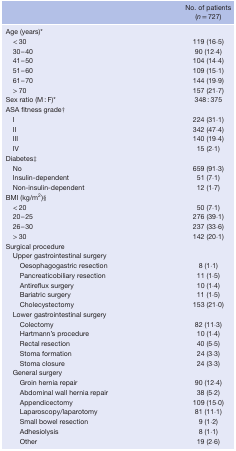
<table><thead><tr><td rowspan="2"></td><td><b>No. of patients</b></td></tr><tr><td><b>(<i>n</i> = 727)</b></td></tr></thead><tbody><tr><td>Age (years)*</td><td></td></tr><tr><td>&lt; 30</td><td>119 (16·5)</td></tr><tr><td>30–40</td><td>90 (12·4)</td></tr><tr><td>41–50</td><td>104 (14·4)</td></tr><tr><td>51–60</td><td>109 (15·1)</td></tr><tr><td>61–70</td><td>144 (19·9)</td></tr><tr><td>&gt; 70</td><td>157 (21·7)</td></tr><tr><td>Sex ratio (M : F)*</td><td>348 : 375</td></tr><tr><td>ASA fitness grade†</td><td></td></tr><tr><td>I</td><td>224 (31·1)</td></tr><tr><td>II</td><td>342 (47·4)</td></tr><tr><td>III</td><td>140 (19·4)</td></tr><tr><td>IV</td><td>15 (2·1)</td></tr><tr><td>Diabetes‡</td><td></td></tr><tr><td>No</td><td>659 (91·3)</td></tr><tr><td>Insulin‐dependent</td><td>51 (7·1)</td></tr><tr><td>Non‐insulin‐dependent</td><td>12 (1·7)</td></tr><tr><td>BMI (kg/m<sup>2</sup>)§</td><td></td></tr><tr><td>&lt; 20</td><td>50 (7·1)</td></tr><tr><td>20–25</td><td>276 (39·1)</td></tr><tr><td>26–30</td><td>237 (33·6)</td></tr><tr><td>&gt; 30</td><td>142 (20·1)</td></tr><tr><td>Surgical procedure</td><td></td></tr><tr><td>Upper gastrointestinal surgery</td><td></td></tr><tr><td>Oesophagogastric resection</td><td>8 (1·1)</td></tr><tr><td>Pancreaticobiliary resection</td><td>11 (1·5)</td></tr><tr><td>Antireflux surgery</td><td>10 (1·4)</td></tr><tr><td>Bariatric surgery</td><td>11 (1·5)</td></tr><tr><td>Cholecystectomy</td><td>153 (21·0)</td></tr><tr><td>Lower gastrointestinal surgery</td><td></td></tr><tr><td>Colectomy</td><td>82 (11·3)</td></tr><tr><td>Hartmann&#x27;s procedure</td><td>10 (1·4)</td></tr><tr><td>Rectal resection</td><td>40 (5·5)</td></tr><tr><td>Stoma formation</td><td>24 (3·3)</td></tr><tr><td>Stoma closure</td><td>24 (3·3)</td></tr><tr><td>General surgery</td><td></td></tr><tr><td>Groin hernia repair</td><td>90 (12·4)</td></tr><tr><td>Abdominal wall hernia repair</td><td>38 (5·2)</td></tr><tr><td>Appendicectomy</td><td>109 (15·0)</td></tr><tr><td>Laparoscopy/laparotomy</td><td>81 (11·1)</td></tr><tr><td>Small bowel resection</td><td>9 (1·2)</td></tr><tr><td>Adhesiolysis</td><td>8 (1·1)</td></tr><tr><td>Other</td><td>19 (2·6)</td></tr></tbody></table>